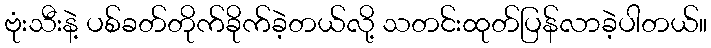
ဗုံးသီးနဲ့ ပစ်ခတ်တိုက်ခိုက်ခဲ့တယ်လို့ သတင်းထုတ်ပြန်လာခဲ့ပါတယ်။